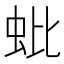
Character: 蚍